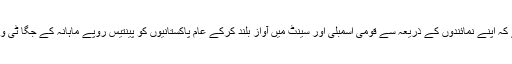
اب پنجاب حکومت کو چاہئے کہ اپنے نمائندوں کے ذریعہ سے قومی اسمبلی اور سینٹ میں آواز بلند کرکے عام پاکستانیوں کو پینتیس روپے ماہانہ کے جگا ٹی وی لائسنس سے نجات دلائے۔